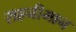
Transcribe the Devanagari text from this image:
राहनीमान